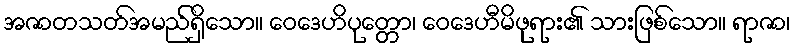
အဇာတသတ်အမည်ရှိသော။ ဝေဒေဟိပုတ္တော၊ ဝေဒေဟီမိဖုရား၏ သားဖြစ်သော။ ရာဇာ၊